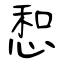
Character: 惒